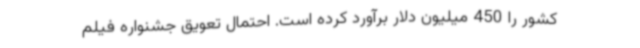
کشور را 450 میلیون دلار برآورد کرده است. احتمال تعویق جشنواره فیلم